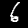
Label: 6